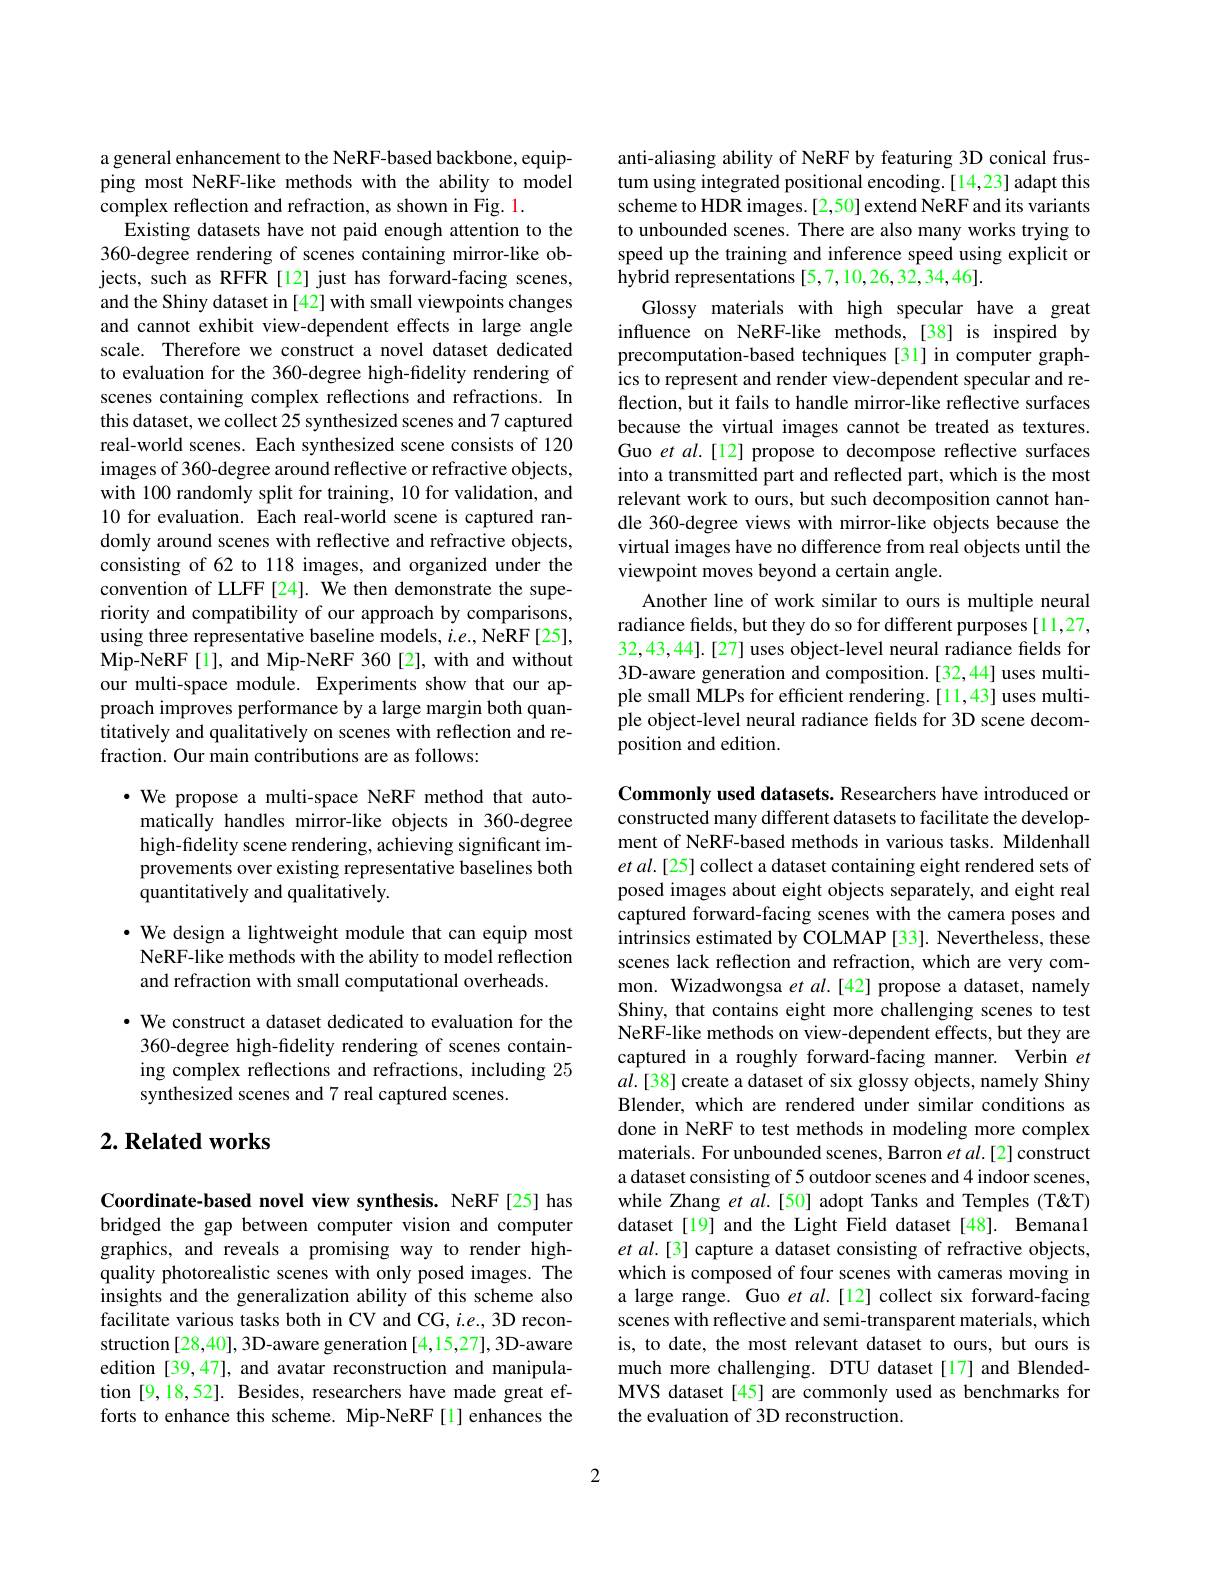
a general enhancement to the NeRF-based backbone, equipping most NeRF-like methods with the ability to model complex reflection and refraction, as shown in Fig. 1.
Existing datasets have not paid enough attention to the 360-degree rendering of scenes containing mirror-like objects, such as RFFR[12] just has forward-facing scenes, and the Shiny dataset in [42] with small viewpoints changes and cannot exhibit view-dependent effects in large angle scale. Therefore we construct a novel dataset dedicated to evaluation for the 360-degree high-fidelity rendering of scenes containing complex reflections and refractions. In this dataset, we collect 25 synthesized scenes and 7 captured real-world scenes. Each synthesized scene consists of 120 images of 360-degree around reflective or refractive objects, with 100 randomly split for training, 10 for validation, and 10 for evaluation. Each real-world scene is captured randomly around scenes with reflective and refractive objects, consisting of 62 to 118 images, and organized under the convention of LLFF[24]. We then demonstrate the superiority and compatibility of our approach by comparisons, using three representative baseline models, $i.e.$, NeRF[25], Mip-NeRF[1], and Mip-NeRF 360[2], with and without our multi-space module. Experiments show that our approach improves performance by a large margin both quantitatively and qualitatively on scenes with reflection and refraction. Our main contributions are as follows:

· We propose a multi-space NeRF method that auto-
matically handles mirror-like objects in 360-degree high-fidelity scene rendering, achieving significant improvements over existing representative baselines both quantitatively and qualitatively.

· We design a lightweight module that can equip most NeRF-like methods with the ability to model reflection and refraction with small computational overheads.

· We construct a dataset dedicated to evaluation for the
360-degree high-fidelity rendering of scenes containing complex reflections and refractions, including 25 synthesized scenes and 7 real captured scenes.

## $2. \textbf{ Related works}$

Coordinate-based novel view synthesis. NeRF[25] has bridged the gap between computer vision and computer graphics, and reveals a promising way to render highquality photorealistic scenes with only posed images. The insights and the generalization ability of this scheme also facilitate various tasks both in CV and CG, i.e., 3D reconstruction [28,40], 3D-aware generation [4,15,27], 3D-aware edition [39,47], and avatar reconstruction and manipulation [9,18,52]. Besides, researchers have made great efforts to enhance this scheme. Mip-NeRF[1] enhances the

anti-aliasing ability of NeRF by featuring 3D conical frustum using integrated positional encoding.[14,23] adapt this scheme to HDR images.[2,50] extend NeRF and its variants to unbounded scenes. There are also many works trying to speed up the training and inference speed using explicit or hybrid representations [5,7,10,26,32,34,46].
Glossy materials with high specular have a great influence on NeRF-like methods,[38] is inspired by precomputation-based techniques [31] in computer graphics to represent and render view-dependent specular and reflection, but it fails to handle mirror-like reflective surfaces because the virtual images cannot be treated as textures. Guo et al.[12] propose to decompose reflective surfaces into a transmitted part and reflected part, which is the most relevant work to ours, but such decomposition cannot handle 360-degree views with mirror-like objects because the virtual images have no difference from real objects until the viewpoint moves beyond a certain angle.
Another line of work similar to ours is multiple neural radiance fields, but they do so for different purposes [11,27, 32,43,44].[27] uses object-level neural radiance fields for 3D-aware generation and composition.[32,44] uses multiple small MLPs for efficient rendering.[11,43] uses multiple object-level neural radiance fields for 3D scene decomposition and edition.

Commonly used datasets. Researchers have introduced or constructed many different datasets to facilitate the development of NeRF-based methods in various tasks. Mildenhall et al.[25] collect a dataset containing eight rendered sets of posed images about eight objects separately, and eight real captured forward-facing scenes with the camera poses and intrinsics estimated by COLMAP [33]. Nevertheless, these scenes lack reflection and refraction, which are very common. Wizadwongsa et $al.[42]$ propose a dataset, namely Shiny, that contains eight more challenging scenes to test NeRF-like methods on view-dependent effects, but they are captured in a roughly forward-facing manner. Verbin $et$ $al.[38]$ create a dataset of six glossy objects, namely Shiny Blender, which are rendered under similar conditions as done in NeRF to test methods in modeling more complex materials. For unbounded scenes, Barron $etal.[2]$ construct a dataset consisting of 5 outdoor scenes and 4 indoor scenes, while Zhang $et$ al.[50] adopt Tanks and Temples (T&T) dataset[19] and the Light Field dataset [48]. Bemanal et al.[3] capture a dataset consisting of refractive objects, which is composed of four scenes with cameras moving in a large range. Guo $etal.[12]$ collect six forward-facing scenes with reflective and semi-transparent materials, which is, to date, the most relevant dataset to ours, but ours is much more challenging. DTU dataset[17] and BlendedMVS dataset [45] are commonly used as benchmarks for the evaluation of 3D reconstruction.

2